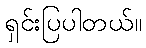
ရှင်းပြပါတယ်။